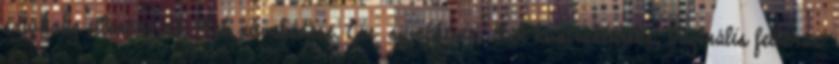
szívhang ellenőrzése, Méh növekedése. Cm symphisis, Méh kontraktilitás, Vaginális feltárás: